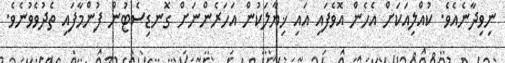
ނިވިދާނެއެވެ. ކުއްލިއަކަށް އެހެން އޮވެފައި އައި ޚިޔާލަކުން އަހަރެންނަށް ގޮނޑިސެޓުން ފުންމާފައި ތެދުވެވުނެވެ.